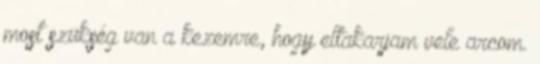
most szükség van a kezemre, hogy eltakarjam vele arcom.